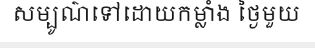
សម្បូណ៌ទៅដោយកម្លាំង ថ្ងៃមួយ